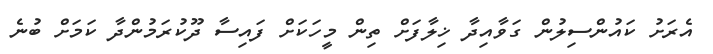
އެރަށު ކައުންސިލުން ގަވާއިދާ ޚިލާފަށް ތިން މީހަކަށް ފައިސާ ދޫކުރަމުންދާ ކަމަށް ބުނެ